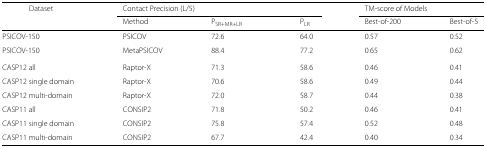
<table><thead><tr><td><b>Dataset</b></td><td colspan="3"><b>Contact Precision (L/5)</b></td><td colspan="2"><b>TM-score of Models</b></td></tr><tr><td></td><td><b>Method</b></td><td><b>P<sub>SR+MR+LR</sub></b></td><td><b>P<sub>LR</sub></b></td><td><b>Best-of-200</b></td><td><b>Best-of-5</b></td></tr></thead><tbody><tr><td>PSICOV-150</td><td>PSICOV</td><td>72.6</td><td>64.0</td><td>0.57</td><td>0.52</td></tr><tr><td>PSICOV-150</td><td>MetaPSICOV</td><td>88.4</td><td>77.2</td><td>0.65</td><td>0.62</td></tr><tr><td>CASP12 all</td><td>Raptor-X</td><td>71.3</td><td>58.6</td><td>0.46</td><td>0.41</td></tr><tr><td>CASP12 single domain</td><td>Raptor-X</td><td>70.6</td><td>58.6</td><td>0.49</td><td>0.44</td></tr><tr><td>CASP12 multi-domain</td><td>Raptor-X</td><td>72.0</td><td>58.7</td><td>0.44</td><td>0.38</td></tr><tr><td>CASP11 all</td><td>CONSIP2</td><td>71.8</td><td>50.2</td><td>0.46</td><td>0.41</td></tr><tr><td>CASP11 single domain</td><td>CONSIP2</td><td>75.8</td><td>57.4</td><td>0.52</td><td>0.48</td></tr><tr><td>CASP11 multi-domain</td><td>CONSIP2</td><td>67.7</td><td>42.4</td><td>0.40</td><td>0.34</td></tr></tbody></table>